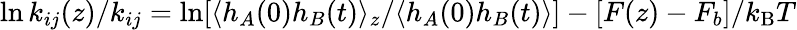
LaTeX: \ln k_{ij}(z)/k_{ij}=\ln[\langle h_{A}(0)h_{B}(t)\rangle_{z}/\langle h_{A}(0)h_{B}(t)\rangle]-[F(z)-F_{b}]/k_{\mathrm{B}}T